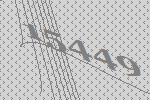
15449